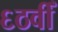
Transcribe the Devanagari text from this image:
६ठवीँ